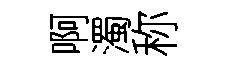
啊濁称